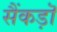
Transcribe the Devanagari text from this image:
सैंकड़ॊ